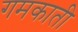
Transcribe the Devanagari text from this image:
गमकाती